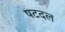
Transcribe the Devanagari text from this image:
षटदल